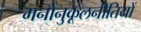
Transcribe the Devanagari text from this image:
मनोनुकूलनीतियों